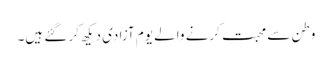
وطن سے محبت کرنے والے یوم آزادی دیکھ کر گئے ہیں۔